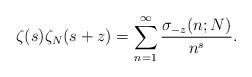
LaTeX: \begin{align*}\zeta(s)\zeta_N(s+z)=\sum_{n=1}^\infty \frac{\sigma_{-z}(n;N)}{n^s}.\end{align*}